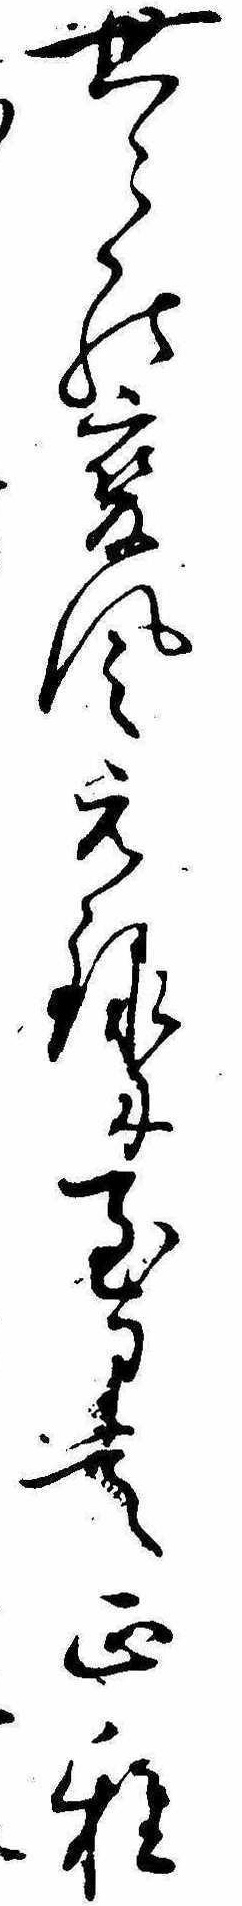
世々の変風元禄に至りて正雅